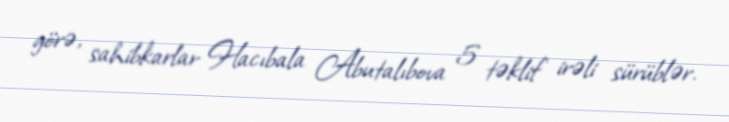
görə, sahibkarlar Hacıbala Abutalıbova 5 təklif irəli sürüblər.